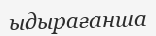
ыдырағанша